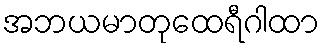
အဘယမာတုထေရီဂါထာ